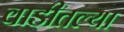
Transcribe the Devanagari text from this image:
वाडीतल्या